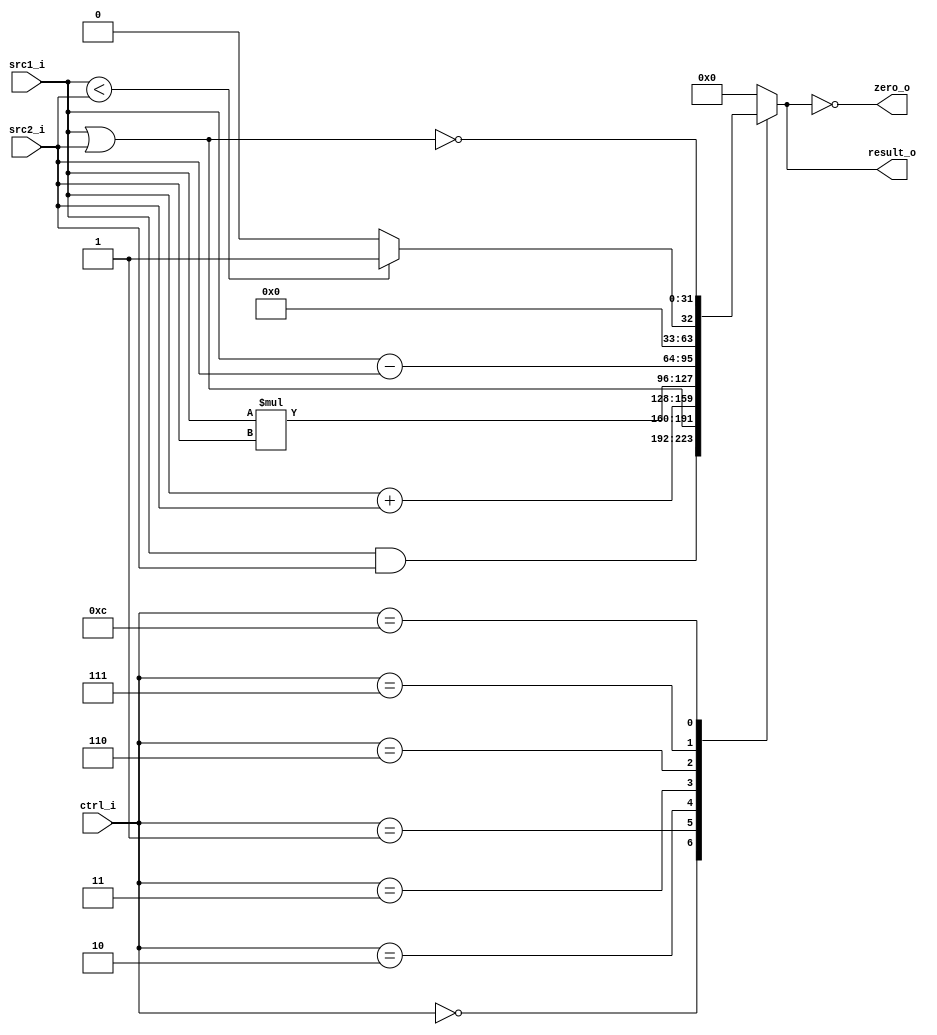
//studentID: 109550094
//Subject:     CO project 2 - ALU
//--------------------------------------------------------------------------------
//Version:     1
//--------------------------------------------------------------------------------
//Writer:      
//----------------------------------------------
//Date:        
//----------------------------------------------
//Description: 
//--------------------------------------------------------------------------------

module ALU(
    src1_i,
	src2_i,
	ctrl_i,
	result_o,
	zero_o
	);
     
//I/O ports
input  [32-1:0]  src1_i;	
input  [32-1:0]	 src2_i;
input  [4-1:0]   ctrl_i;

output [32-1:0]	 result_o;
output           zero_o;

//Internal signals
reg    [32-1:0]  result_o;
wire             zero_o;

//Parameter
assign zero_o = (result_o == 0);

//Main function
always @(ctrl_i, src1_i, src2_i) begin
	case (ctrl_i)
		4'b0000:	result_o <= src1_i & src2_i;
		4'b0001:	result_o <= src1_i | src2_i;
		4'b0010:	result_o <= src1_i + src2_i;
		4'b0011:	result_o <= src1_i * src2_i;
		4'b0110:	result_o <= src1_i - src2_i;
		4'b0111:	result_o <= src1_i < src2_i ? 1 : 0;
		4'b1100:	result_o <= ~(src1_i | src2_i);		//nor
		default:	result_o <= 0;
	endcase
end
endmodule